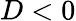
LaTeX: D<0